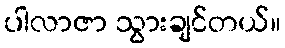
ပါလာဇာ သွားချင်တယ်။